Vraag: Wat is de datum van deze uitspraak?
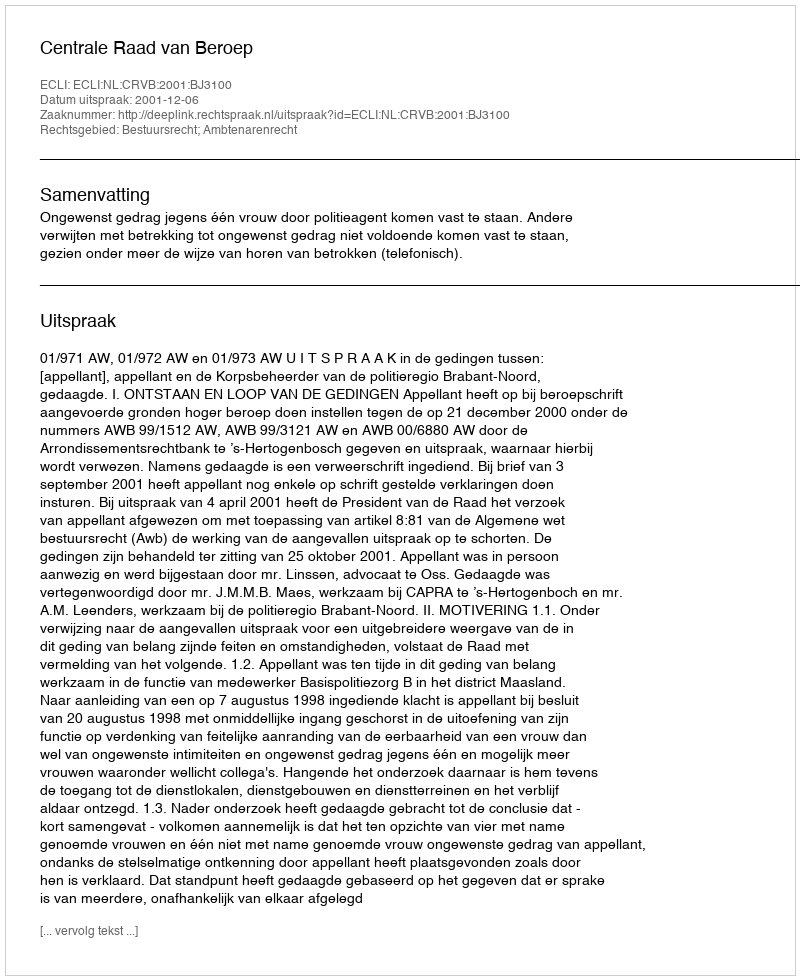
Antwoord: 2001-12-06